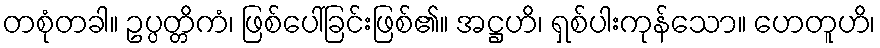
တစုံတခါ။ ဥပ္ပတ္တိကံ၊ ဖြစ်ပေါ်ခြင်းဖြစ်၏။ အဋ္ဌဟိ၊ ရှစ်ပါးကုန်သော။ ဟေတူဟိ၊